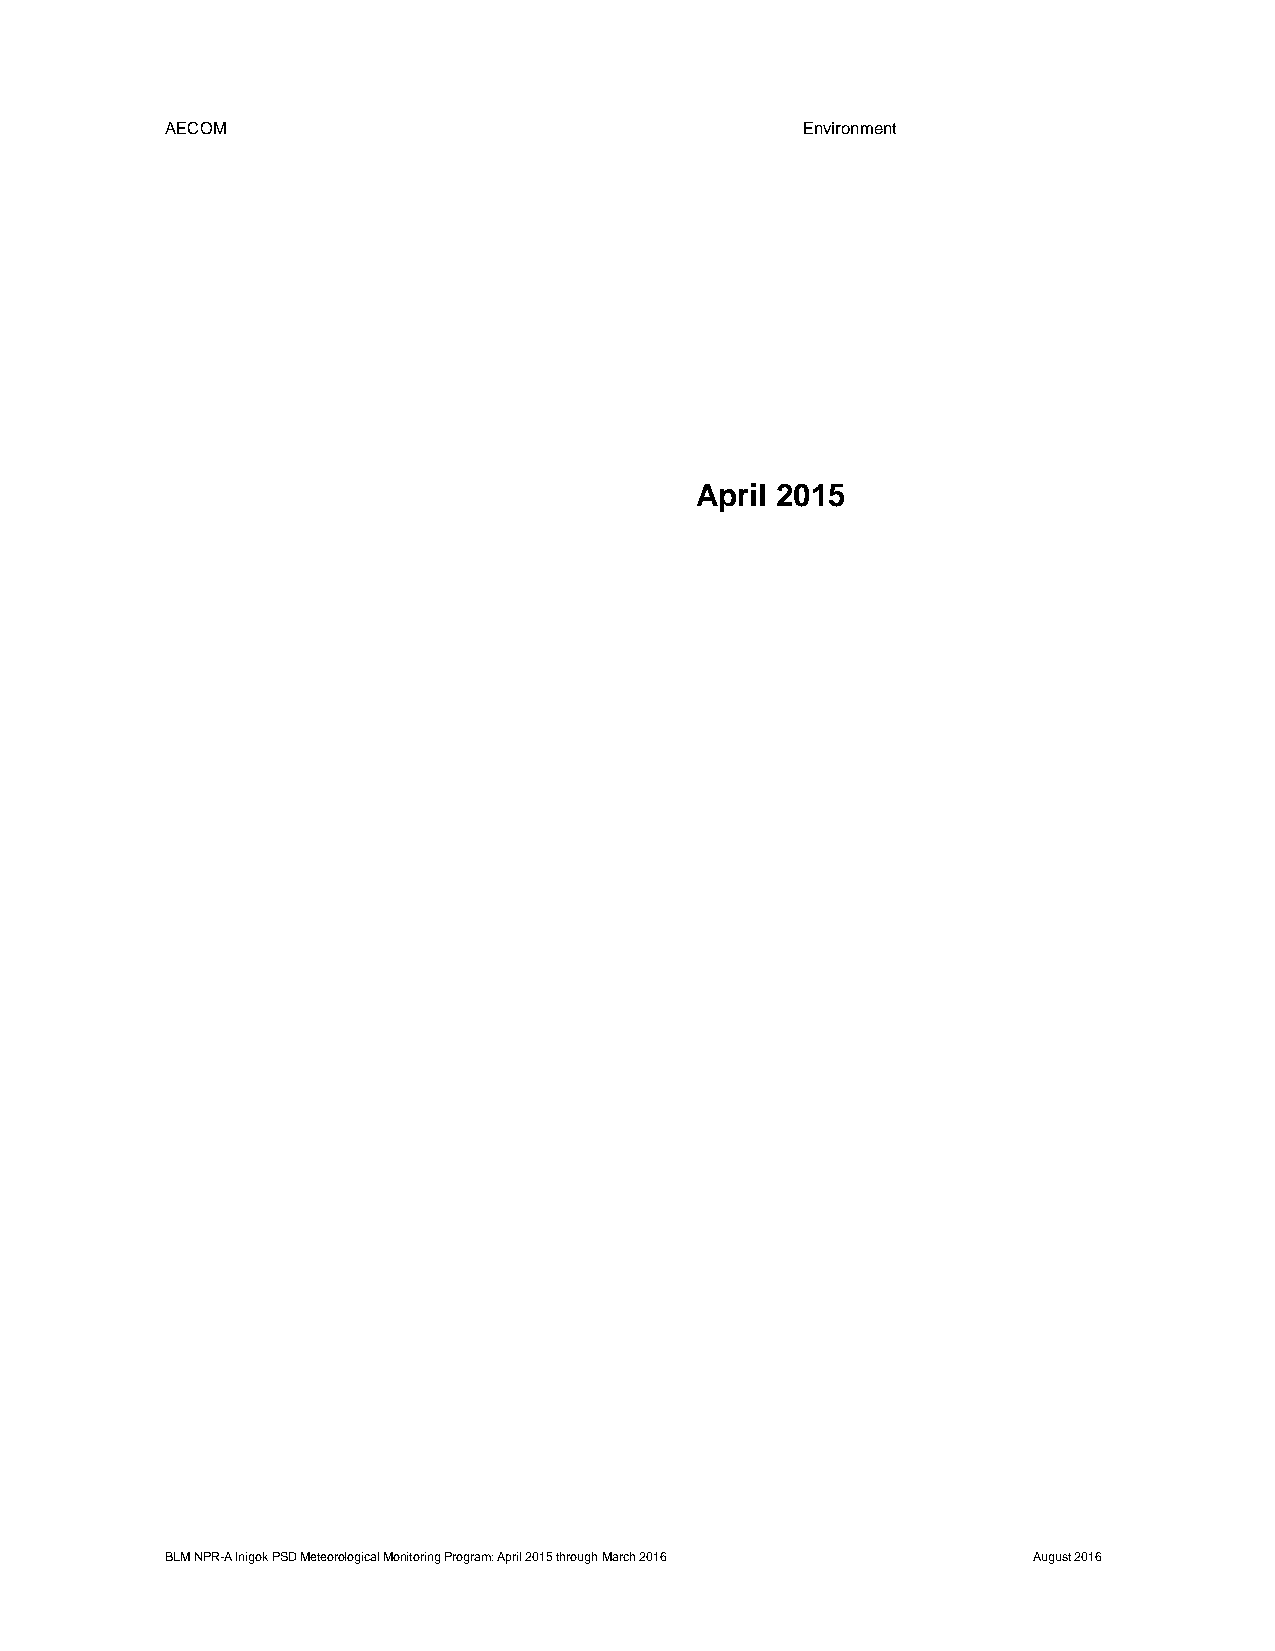
AECOM                                     Environment
 April 2015
 BLM NPR-A Inigok PSD Meteorological Monitoring Program: April 2015 through March 2016 August 2016